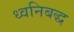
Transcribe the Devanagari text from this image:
ध्वनिबद्ध